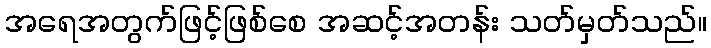
အရေအတွက်ဖြင့်ဖြစ်စေ အဆင့်အတန်း သတ်မှတ်သည်။